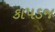
કાપડજ